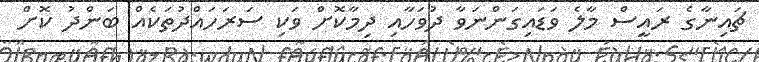
ޗައިނާގެ ރައީސް މާލެ ވަޑައިގަންނަވާ ދުވަހާއި ދިމާކޮށް ވަކި ސަރަހައްދުތަކެއް ބަންދު ކޮށް